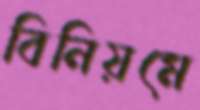
বিনিয়মে